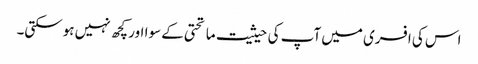
اس کی افسری میں آپ کی حیثیت ماتحتی کے سوا اور کچھ نہیں ہوسکتی۔